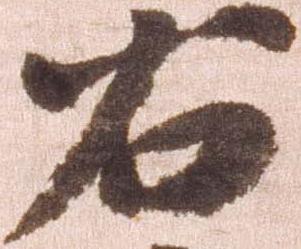
右